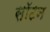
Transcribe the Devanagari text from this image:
सॉटन